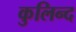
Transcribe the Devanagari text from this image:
कुलिन्द